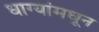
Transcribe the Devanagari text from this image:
धाग्यांमधून